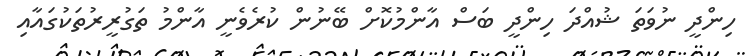
ހިންދީ ނުވަތަ ޝުއްދަ ހިންދީ ބަސް އާންމުކޮށް ބޭނުން ކުރެވެނީ އާންމު ތަގުރީރުތަކުގައާއި